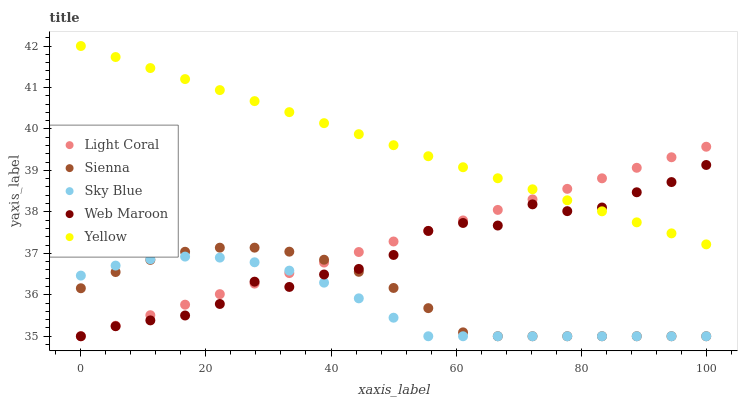
| xaxis_label | Light Coral | Sienna | Sky Blue | Web Maroon | Yellow |
 | --- | --- | --- | --- | --- | --- |
 | 0 | 35 | 36.2 | 36.5 | 35 | 42 |
 | 5.56 | 35.3 | 36.5 | 36.7 | 35.2 | 41.7 |
 | 11.1 | 35.5 | 36.8 | 36.9 | 35.4 | 41.5 |
 | 16.7 | 35.8 | 37 | 36.9 | 35.5 | 41.2 |
 | 22.2 | 36 | 37.1 | 36.9 | 35.8 | 40.9 |
 | 27.8 | 36.3 | 37.1 | 36.8 | 36.3 | 40.7 |
 | 33.3 | 36.5 | 37 | 36.6 | 36.2 | 40.4 |
 | 38.9 | 36.8 | 36.8 | 36.3 | 36.5 | 40.1 |
 | 44.4 | 37 | 36.6 | 35.9 | 36.6 | 39.9 |
 | 50 | 37.3 | 36.2 | 35.4 | 37 | 39.6 |
 | 55.6 | 37.5 | 35.7 | 35 | 37.5 | 39.3 |
 | 61.1 | 37.8 | 35.1 | 35 | 37.7 | 39.1 |
 | 66.7 | 38 | 35 | 35 | 37.7 | 38.8 |
 | 72.2 | 38.3 | 35 | 35 | 38.2 | 38.5 |
 | 77.8 | 38.6 | 35 | 35 | 38 | 38.3 |
 | 83.3 | 38.8 | 35 | 35 | 38.1 | 38 |
 | 88.9 | 39.1 | 35 | 35 | 38.5 | 37.7 |
 | 94.4 | 39.3 | 35 | 35 | 38.7 | 37.5 |
 | 100 | 39.6 | 35 | 35 | 39.1 | 37.2 |